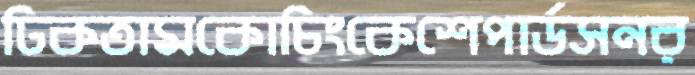
ঢিকতামকোচিংকেশেপার্ডসনর